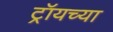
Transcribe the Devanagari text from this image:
ट्रॉयच्या